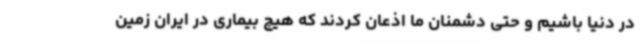
در دنیا باشیم و حتی دشمنان ما اذعان کردند که هیچ بیماری در ایران زمین